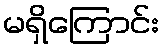
မရှိကြောင်း